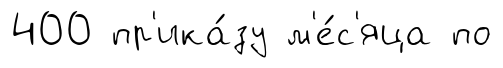
400 пр'ика́зу м'е́с'яца по